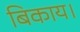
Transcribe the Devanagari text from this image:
बिकाय।